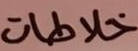
خلاطات